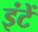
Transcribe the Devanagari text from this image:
इंटें